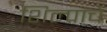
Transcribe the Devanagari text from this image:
शिल्पांचे